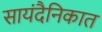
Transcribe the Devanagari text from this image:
सायंदैनिकात